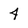
Character: 4